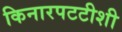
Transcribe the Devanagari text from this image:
किनारपटटीशी